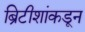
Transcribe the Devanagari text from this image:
ब्रिटीशांकडून